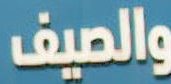
والصيف